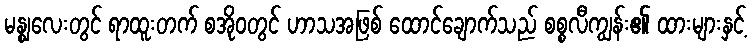
မန္ဈလေးတွင် ရာထူးတက် စအိုဝတွင် ဟာသအဖြစ် ထောင်ချောက်သည် စစ္စလီကျွန်း၏ ထားများနှင့်